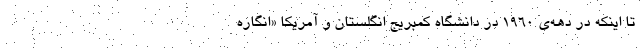
تا اینکه در دهه‌ی ۱۹۶۰ در دانشگاه کمبریج انگلستان و آمریکا «انگارهِ